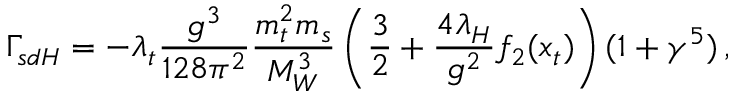
\Gamma _ { s d H } = - \lambda _ { t } \frac { g ^ { 3 } } { 1 2 8 \pi ^ { 2 } } \frac { m _ { t } ^ { 2 } m _ { s } } { M _ { W } ^ { 3 } } \left( \frac { 3 } { 2 } + \frac { 4 \lambda _ { H } } { g ^ { 2 } } f _ { 2 } ( x _ { t } ) \right) ( 1 + \gamma ^ { 5 } ) \, ,